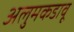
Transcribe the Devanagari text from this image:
अलुमकडावू